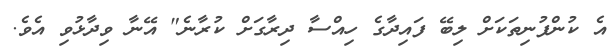
އެ ކުންފުނިތަކަށް ލިބޭ ފައިދާގެ ހިއްސާ ދިރާގަށް ކުރާނެ" އޭނާ ވިދާޅުވި އެވެ.